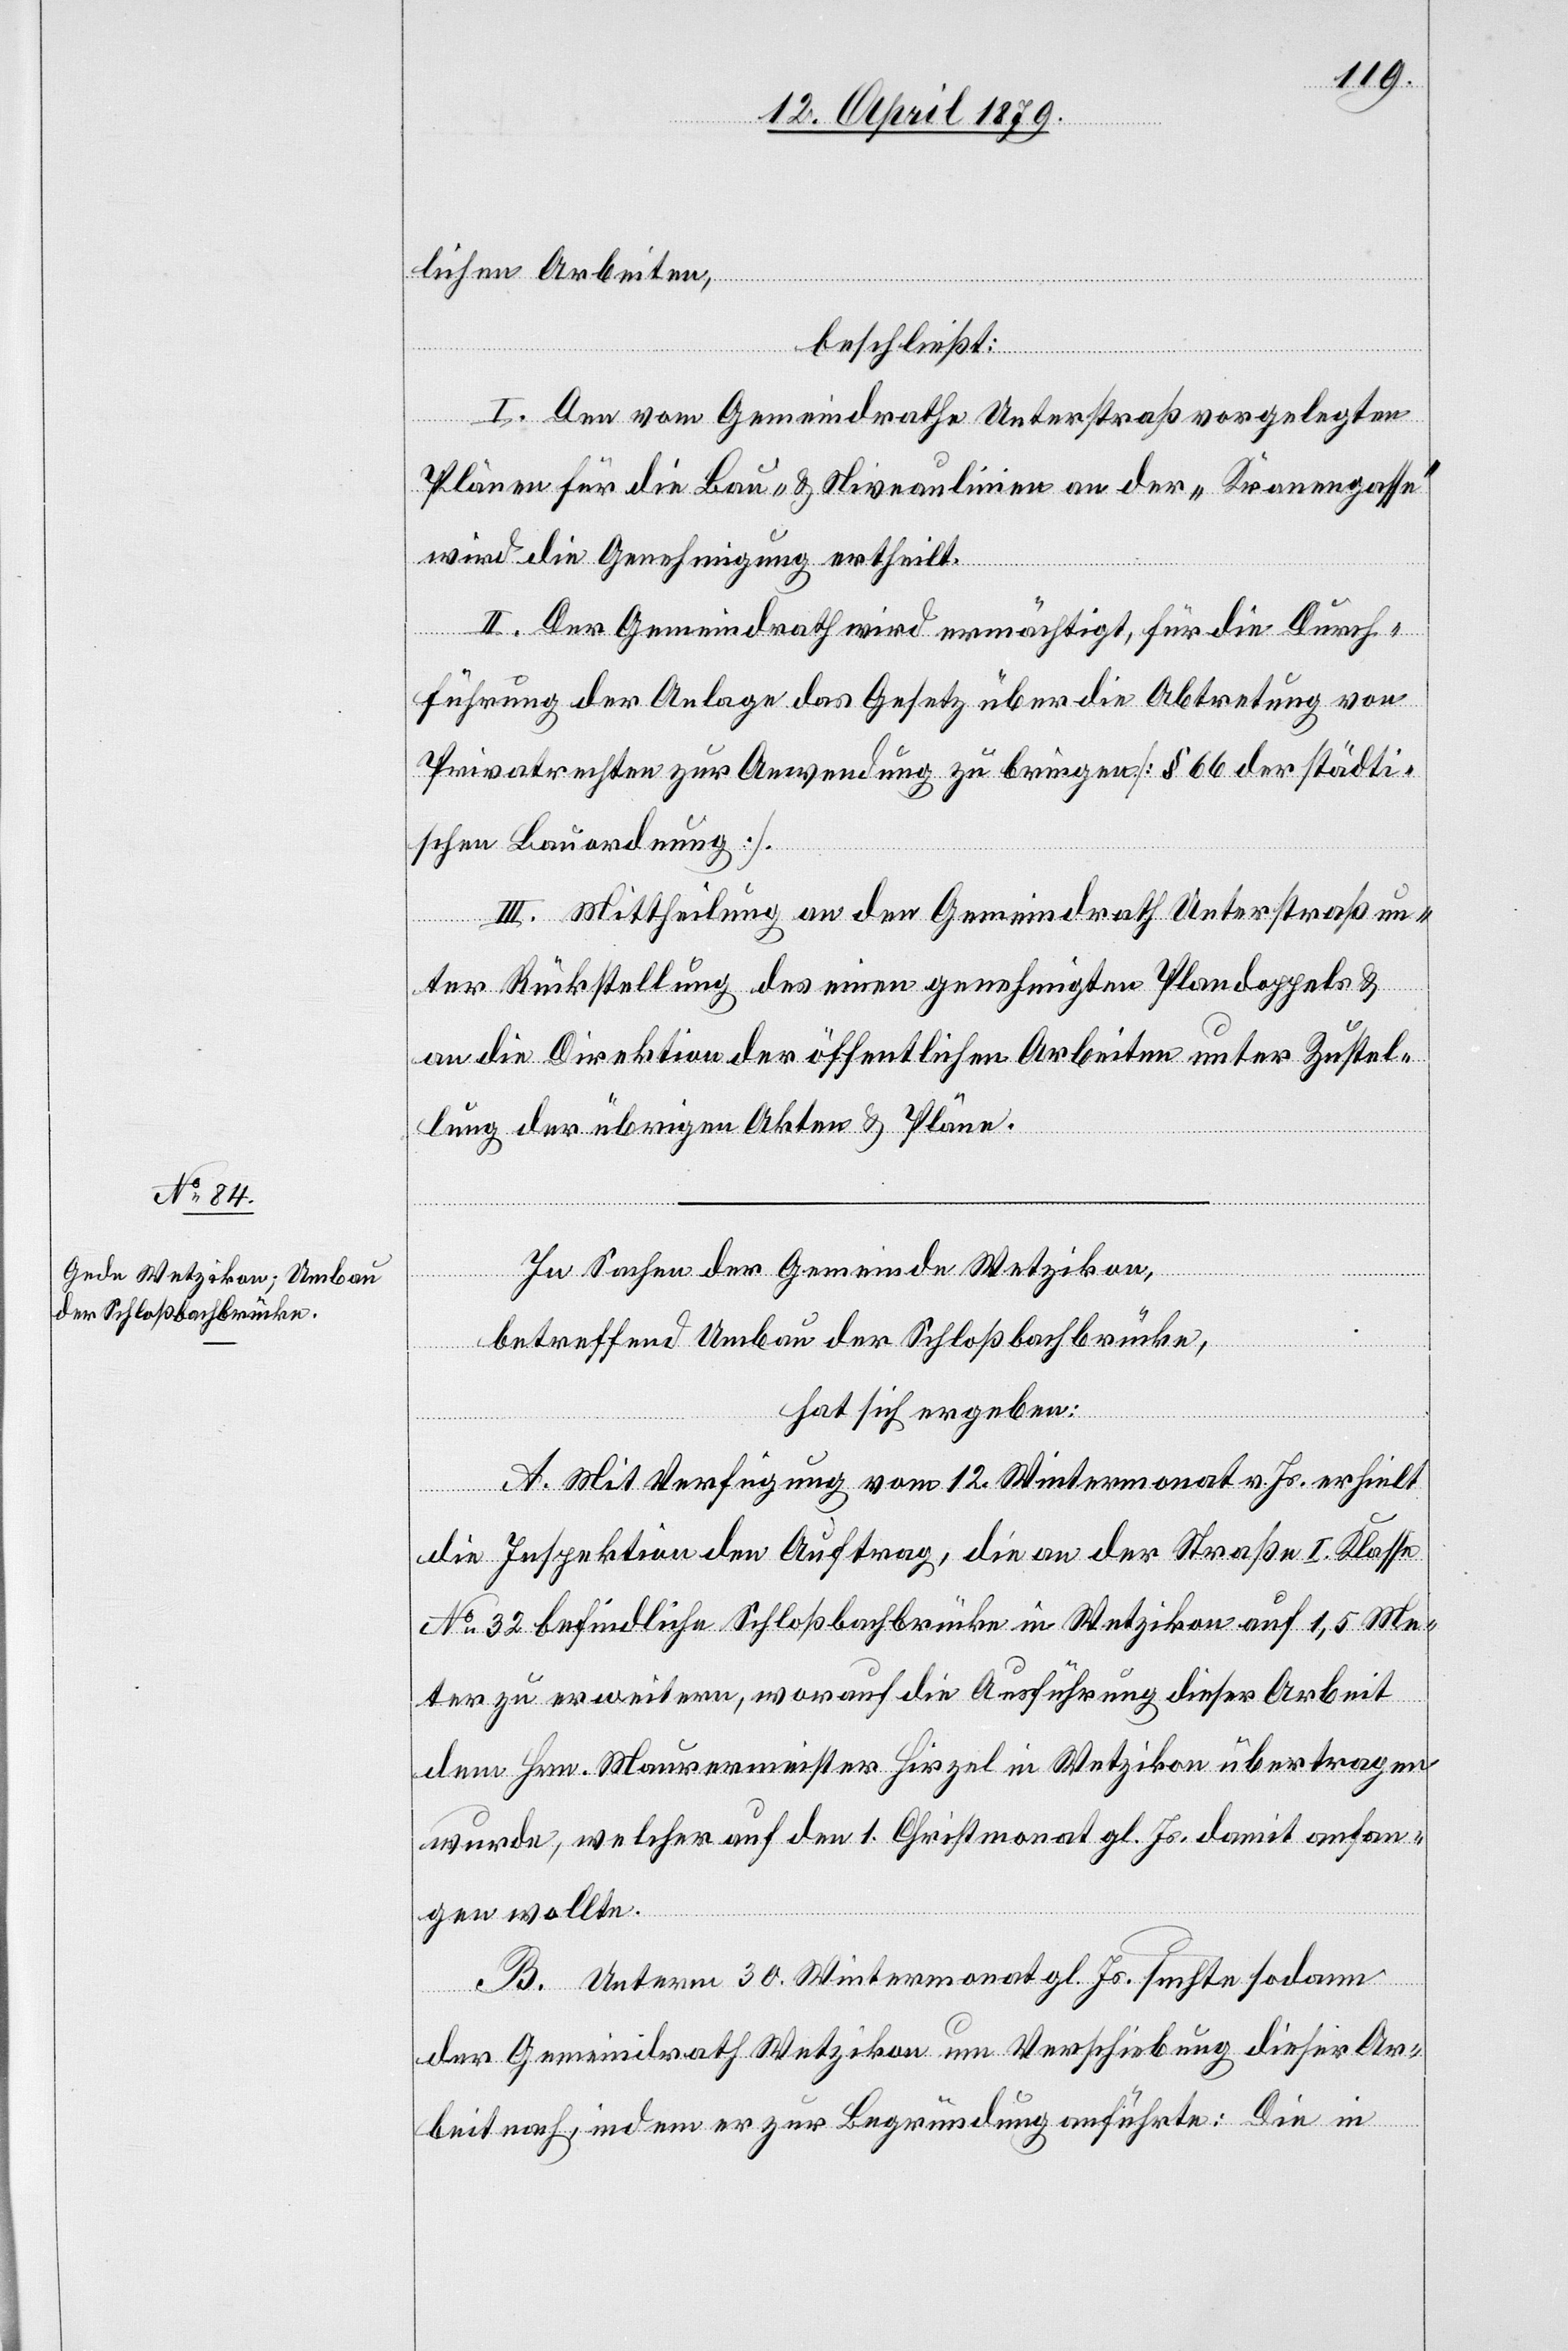
lichen Arbeiten,
beschließt:
I. Den vom Gemeindrathe Unterstraß vorgelegten
Plänen für die Bau- & Niveaulinien an der „Kronengasse“
wird die Genehmigung ertheilt.
II. Der Gemeindrath wird ermächtigt, für die Durch¬
führung der Anlage das Gesetz über die Abtretung von
Privatrechten zur Anwendung zu bringen [§ 66 der städti¬
schen Bauordnung].
III. Mittheilung an den Gemeindrath Unterstraß un¬
ter Rückstellung des einen genehmigten Plandoppels &
an die Direktion der öffentlichen Arbeiten unter Zustel¬
lung der übrigen Akten & Pläne.
In Sachen der Gemeinde Wetzikon,
betreffend Umbau der Schloßbachbrücke,
hat sich ergeben:
A. Mit Verfügung vom 12. Wintermonat v. Js. erhielt
die Inspektion den Auftrag, die an der Straße I. Klasse
No 32 befindliche Schloßbachbrücke in Wetzikon auf 1,5 Me¬
ter zu erweitern, worauf die Ausführung dieser Arbeit
dem Hrn. Maurermeister Hirzel in Wetzikon übertragen
wurde, welcher auf den 1. Christmonat gl. Js. damit anfan¬
gen wollte.
B. Unterm 30. Wintermonat gl. Js. suchte sodann
der Gemeindrath Wetzikon um Verschiebung dieser Ar¬
beit nach, indem er zur Begründung anführte: Die in